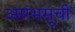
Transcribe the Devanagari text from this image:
आरंभसूची